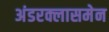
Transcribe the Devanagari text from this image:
अंडरक्लासमेन